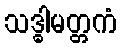
သဒ္ဓါမတ္တကံ